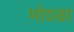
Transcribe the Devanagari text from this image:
मोदळा